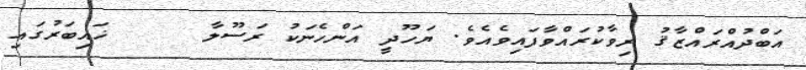
އަބްދުއްރައްޒާޤު ރިވާކުރައްވާފައިވެއެވެ. ޔަހޫދީ އަންހެނަކު ރަސޫލާ     ޚައިބަރުގައި